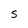
Character: S